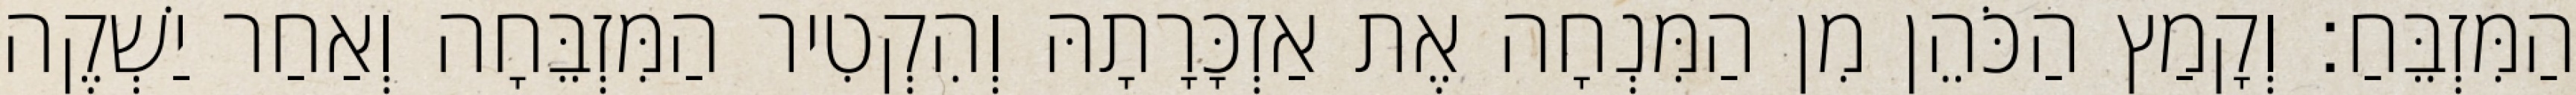
הַמִּזְבֵּחַ׃ וְקָמַץ הַכֹּהֵן מִן הַמִּנְחָה אֶת אַזְכָּרָתָהּ וְהִקְטִיר הַמִּזְבֵּחָה וְאַחַר יַשְׁקֶה